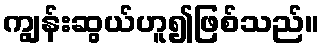
ကျွန်းဆွယ်ဟူ၍ဖြစ်သည်။